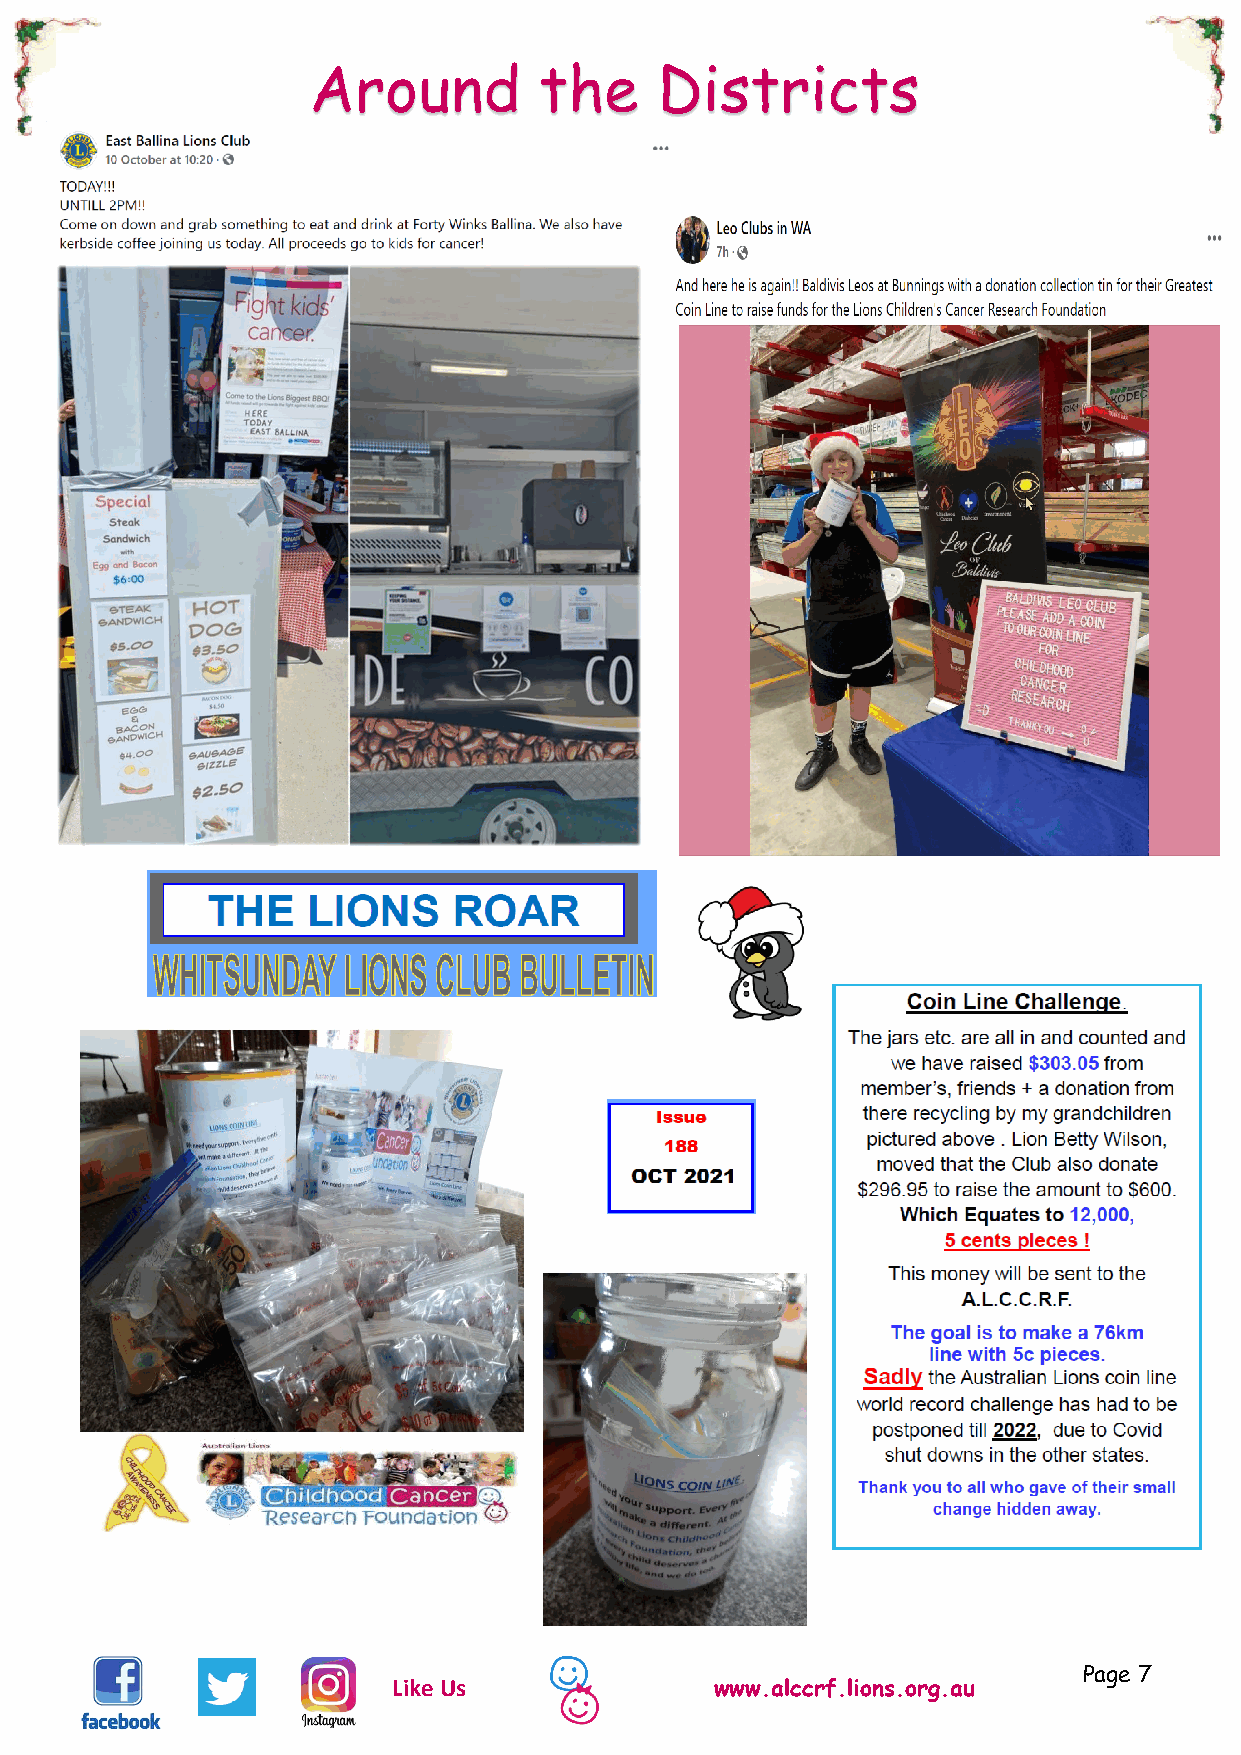
Around          the    Districts
 Page 7
 Like Us              www.alccrf.lions.org.au